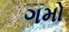
ગમો